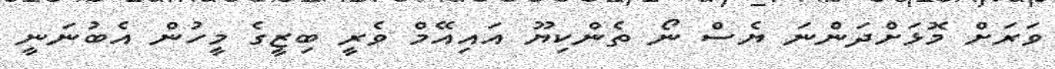
ވަރަށް މޮޅަށްދަންނަ ޔެސް ނޯ ތެންކިޔޫ އައިއޭމް ވެރީ ބިޒީގެ މީހުން އެބުނަނީ